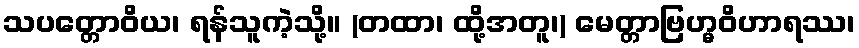
သပတ္တောဝိယ၊ ရန်သူကဲ့သို့။ (တထာ၊ ထို့အတူ၊) မေတ္တာဗြဟ္မဝိဟာရဿ၊